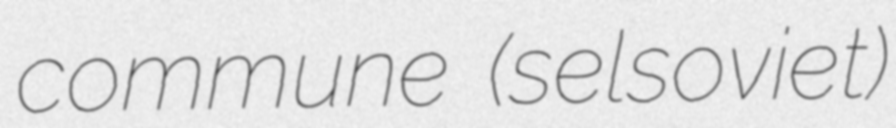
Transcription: commune (selsoviet)